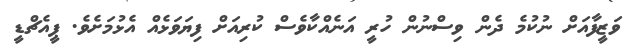
ވަޒީފާއަށް ނުކުމެ ދެން ވިސްނުން ހުރީ އަނެއްކާވެސް ކުރިއަށް ފިޔަވަޅެއް އެޅުމަށެވެ. ޕީއެޗްޑީ